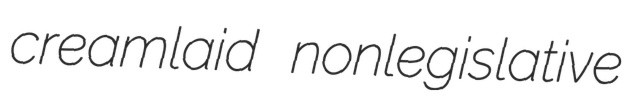
creamlaid nonlegislative